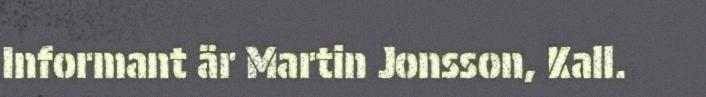
Informant är Martin Jonsson, Kall.